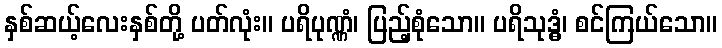
နှစ်ဆယ့်လေးနှစ်တို့ ပတ်လုံး။ ပရိပုဏ္ဏံ၊ ပြည့်စုံသော။ ပရိသုဒ္ဓံ၊ စင်ကြယ်သော။